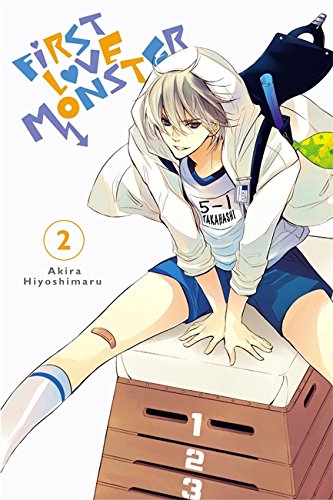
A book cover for First Love Monster, Vol. 2; Akira Hiyoshimaru; Comics & Graphic Novels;